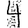
Digit: 4